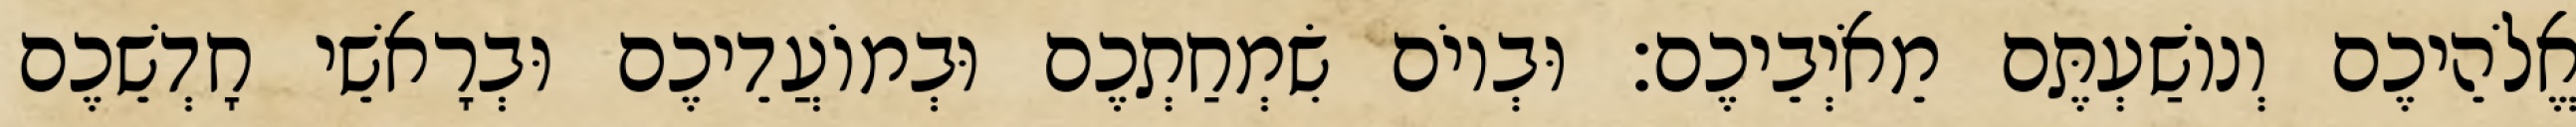
אֱלֹהֵיכֶם וְנוֹשַׁעְתֶּם מֵאֹיְבֵיכֶם׃ וּבְיוֹם שִׂמְחַתְכֶם וּבְמוֹעֲדֵיכֶם וּבְרָאשֵׁי חָדְשֵׁכֶם